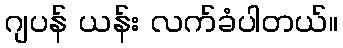
ဂျပန် ယန်း လက်ခံပါတယ်။